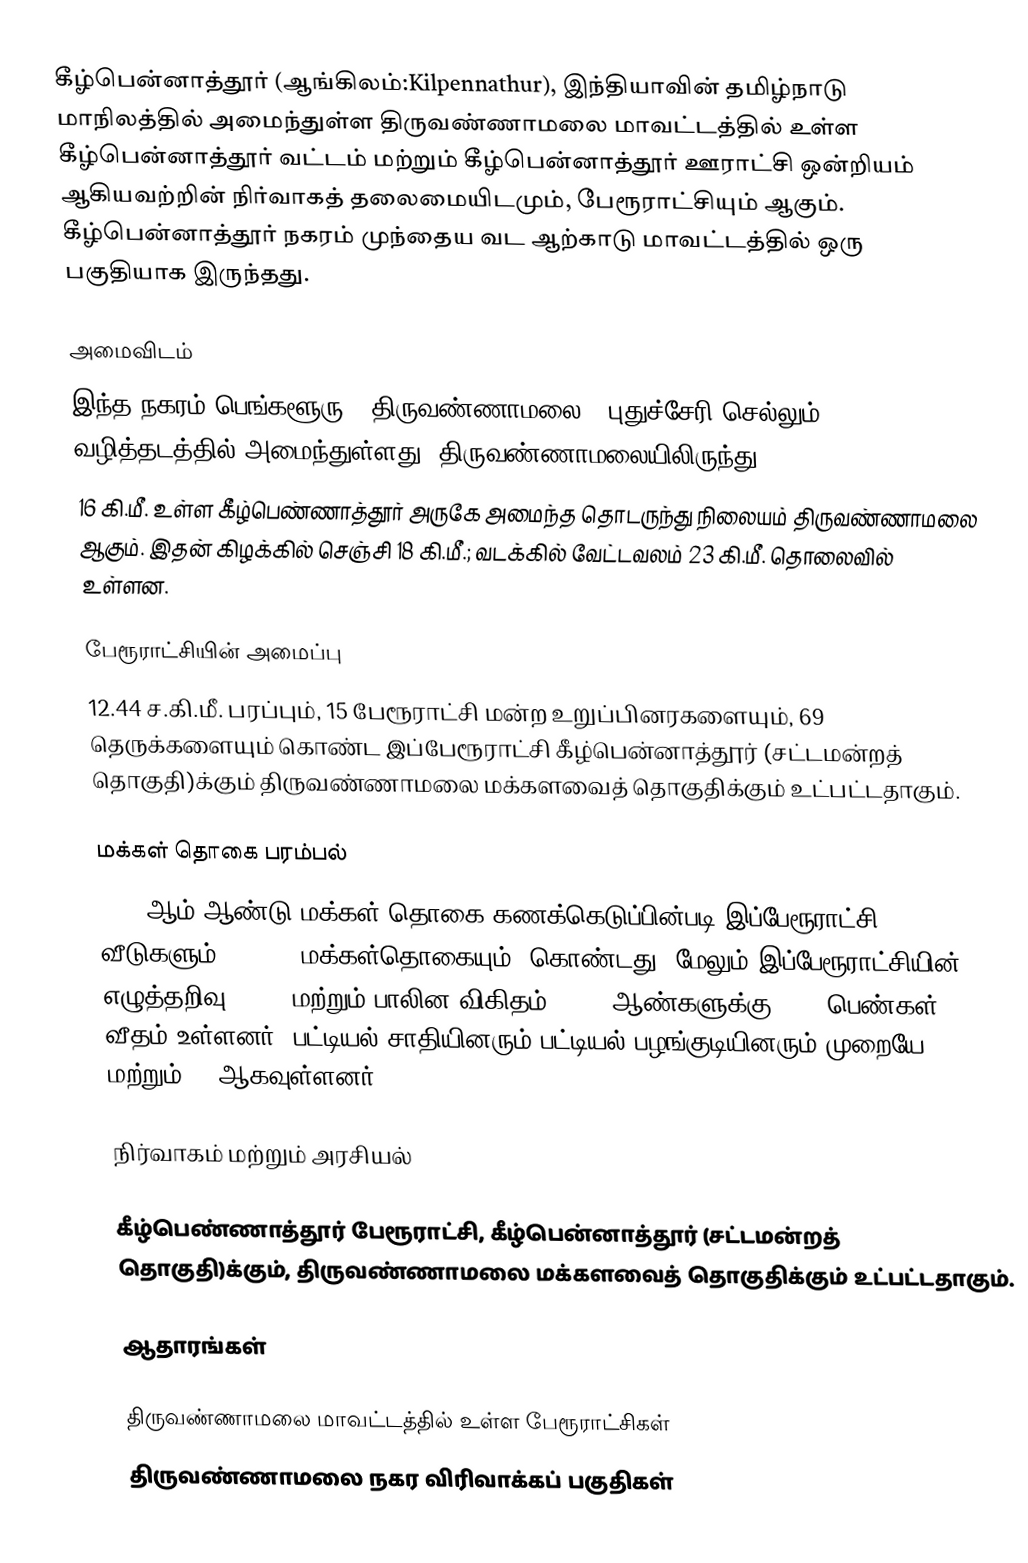
கீழ்பென்னாத்தூர் (ஆங்கிலம்:Kilpennathur), இந்தியாவின் தமிழ்நாடு மாநிலத்தில் அமைந்துள்ள திருவண்ணாமலை மாவட்டத்தில் உள்ள கீழ்பென்னாத்தூர் வட்டம் மற்றும் கீழ்பென்னாத்தூர் ஊராட்சி ஒன்றியம் ஆகியவற்றின் நிர்வாகத் தலைமையிடமும், பேரூராட்சியும் ஆகும். கீழ்பென்னாத்தூர் நகரம் முந்தைய வட ஆற்காடு மாவட்டத்தில் ஒரு பகுதியாக இருந்தது.

அமைவிடம்
இந்த நகரம் பெங்களூரு - திருவண்ணாமலை - புதுச்சேரி செல்லும் வழித்தடத்தில் அமைந்துள்ளது. திருவண்ணாமலையிலிருந்து
16 கி.மீ. உள்ள கீழ்பெண்ணாத்தூர் அருகே அமைந்த தொடருந்து நிலையம் திருவண்ணாமலை ஆகும். இதன் கிழக்கில் செஞ்சி 18 கி.மீ.; வடக்கில் வேட்டவலம் 23 கி.மீ. தொலைவில் உள்ளன.

பேரூராட்சியின் அமைப்பு
12.44 ச.கி.மீ. பரப்பும், 15 பேரூராட்சி மன்ற உறுப்பினரகளையும், 69 தெருக்களையும் கொண்ட  இப்பேரூராட்சி கீழ்பென்னாத்தூர் (சட்டமன்றத் தொகுதி)க்கும் திருவண்ணாமலை மக்களவைத் தொகுதிக்கும் உட்பட்டதாகும்.

மக்கள் தொகை பரம்பல்
2011-ஆம் ஆண்டு மக்கள் தொகை கணக்கெடுப்பின்படி   இப்பேரூராட்சி  3152 வீடுகளும்,  13,718 மக்கள்தொகையும், கொண்டது. மேலும் இப்பேரூராட்சியின் எழுத்தறிவு 80.1%  மற்றும்  பாலின விகிதம் 1,000 ஆண்களுக்கு, 988 பெண்கள் வீதம் உள்ளனர். பட்டியல் சாதியினரும் பட்டியல் பழங்குடியினரும் முறையே 4100 மற்றும் 93 ஆகவுள்ளனர்.

நிர்வாகம் மற்றும் அரசியல்

கீழ்பெண்ணாத்தூர் பேரூராட்சி, கீழ்பென்னாத்தூர் (சட்டமன்றத் தொகுதி)க்கும், திருவண்ணாமலை மக்களவைத் தொகுதிக்கும் உட்பட்டதாகும்.

ஆதாரங்கள்

திருவண்ணாமலை மாவட்டத்தில் உள்ள பேரூராட்சிகள்
திருவண்ணாமலை நகர விரிவாக்கப் பகுதிகள்